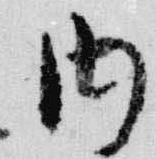
内